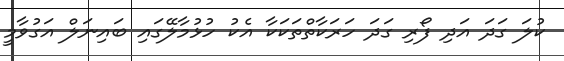
ކުލަ ގަދަ އަދި ފޯރި ގަދަ ހަރަކާތްތަކަކާ އެކު ހުޅުމާލޭގައި ބައިނަލް އަގުވާމީ